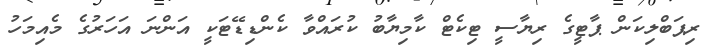
ރިޕަބްލިކަން ޕާޓީގެ ރިޔާސީ ޓިކެޓް ކާމިޔާބު ކުރައްވާ ކެންޑިޑޭޓަކީ އަންނަ އަހަރުގެ މެއިމަހު